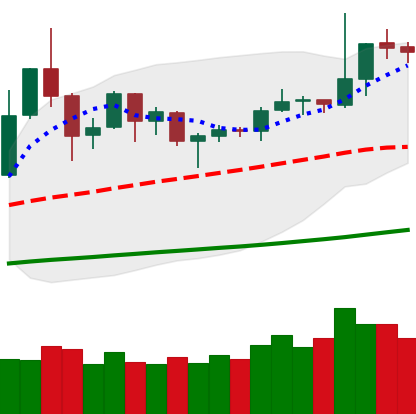
Ticker: DOGE-USD
Chart end date: 2019-06-02
Forward return: -8.476%
Label: down_7plus